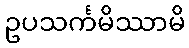
ဥပသင်္ကမိဿာမိ